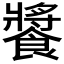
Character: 𩝫